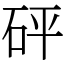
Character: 砰